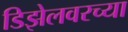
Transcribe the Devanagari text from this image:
डिझेलवरच्या